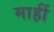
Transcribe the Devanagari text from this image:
माहीं